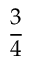
\frac 3 4